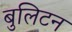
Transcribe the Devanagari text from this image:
बुलिटन